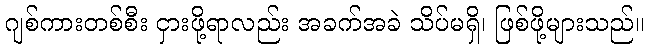
ဂျစ်ကားတစ်စီး ငှားဖို့ရာလည်း အခက်အခဲ သိပ်မရှိ၊ ဖြစ်ဖို့များသည်။